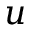
u